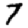
Digit: 7